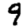
Digit: 9